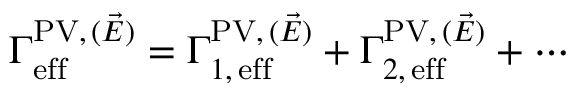
\Gamma _ { \mathrm { e f f } } ^ { \mathrm { P V } , \, ( \vec { E } ) } = \Gamma _ { 1 , \, \mathrm { e f f } } ^ { \mathrm { P V } , \, ( \vec { E } ) } + \Gamma _ { 2 , \, \mathrm { e f f } } ^ { \mathrm { P V } , \, ( \vec { E } ) } + \cdots